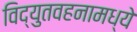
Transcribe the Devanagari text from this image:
विद्युतवहनामध्ये